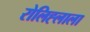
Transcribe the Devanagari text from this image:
रोलिह्लाला